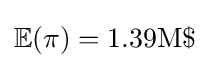
\mathbb {E} (\pi )=1.39{\text{M}}\$